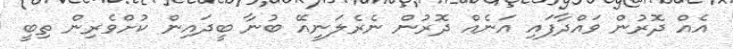
އެއް ދޮރުން ވައްދާފައި އަނެއް ދޮރުން ނެރެލަނީއޭ ބުނާ ބީދައިން ކުށްވެރިން ތިބީ